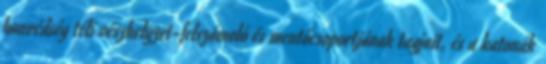
honvédség téli vészhelyzet-felszámoló és mentőcsoportjának tagjait, és a katonák